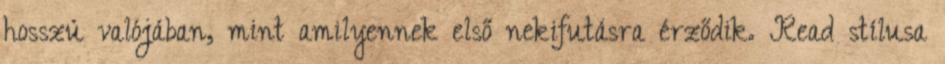
hosszú valójában, mint amilyennek első nekifutásra érződik. Read stílusa